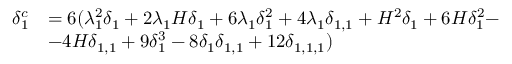
\begin{array} { r l } { \delta _ { 1 } ^ { c } } & { = 6 ( \lambda _ { 1 } ^ { 2 } \delta _ { 1 } + 2 \lambda _ { 1 } H \delta _ { 1 } + 6 \lambda _ { 1 } \delta _ { 1 } ^ { 2 } + 4 \lambda _ { 1 } \delta _ { 1 , 1 } + H ^ { 2 } \delta _ { 1 } + 6 H \delta _ { 1 } ^ { 2 } - } \\ & { - 4 H \delta _ { 1 , 1 } + 9 \delta _ { 1 } ^ { 3 } - 8 \delta _ { 1 } \delta _ { 1 , 1 } + 1 2 \delta _ { 1 , 1 , 1 } ) } \end{array}